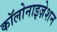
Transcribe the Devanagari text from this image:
कॉलोनाइज़ेशन